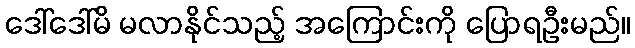
ဒေါ်ဒေါ်မိ မလာနိုင်သည့် အကြောင်းကို ပြောရဦးမည်။